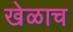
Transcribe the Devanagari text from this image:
खेळाच